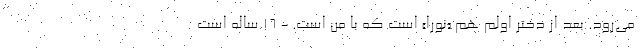
می‌رود. بعد از دختر اولم هم «نورا» است که با من است. - ۱۶ ساله است